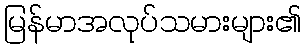
မြန်မာအလုပ်သမားများ၏